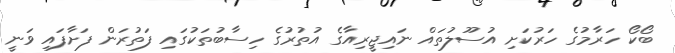
ބޯކޯ ހަރާމުގެ ހަރުކަށި އުސޫލުތައް ނައިޖީރިއާގެ އުތުރުގެ ހިސާބުތަކުގައި ފަތުރަން ފަށާފައި ވަނީ